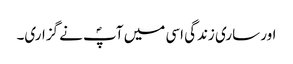
اور ساری زندگی اسی میں آپؐ نے گزاری۔